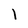
Character: 1